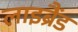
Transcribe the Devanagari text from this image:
लाइब्रैंड